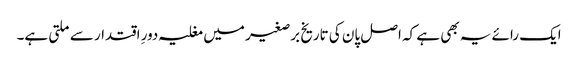
ایک رائے یہ بھی ہے کہ اصل پان کی تاریخ برصغیر میں مغلیہ دورِ اقتدار سے ملتی ہے۔